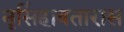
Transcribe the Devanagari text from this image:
नृसिंहावतारास